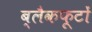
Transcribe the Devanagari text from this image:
ब्लैकफूटों